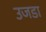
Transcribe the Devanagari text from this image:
उजडा